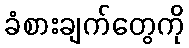
ခံစားချက်တွေကို